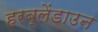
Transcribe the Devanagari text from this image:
हरब्लेंडाउन